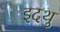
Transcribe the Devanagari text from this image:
इदथु